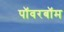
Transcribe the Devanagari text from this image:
पॉवरबॉम